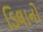
ડિલાનો